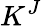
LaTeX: K^{J}